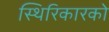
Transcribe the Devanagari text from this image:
स्थिरिकारको